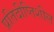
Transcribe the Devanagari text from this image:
प्रतिदीप्तिशील